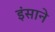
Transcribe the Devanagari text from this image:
इंसाने